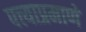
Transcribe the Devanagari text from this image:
पत्त्याप्रमाणे